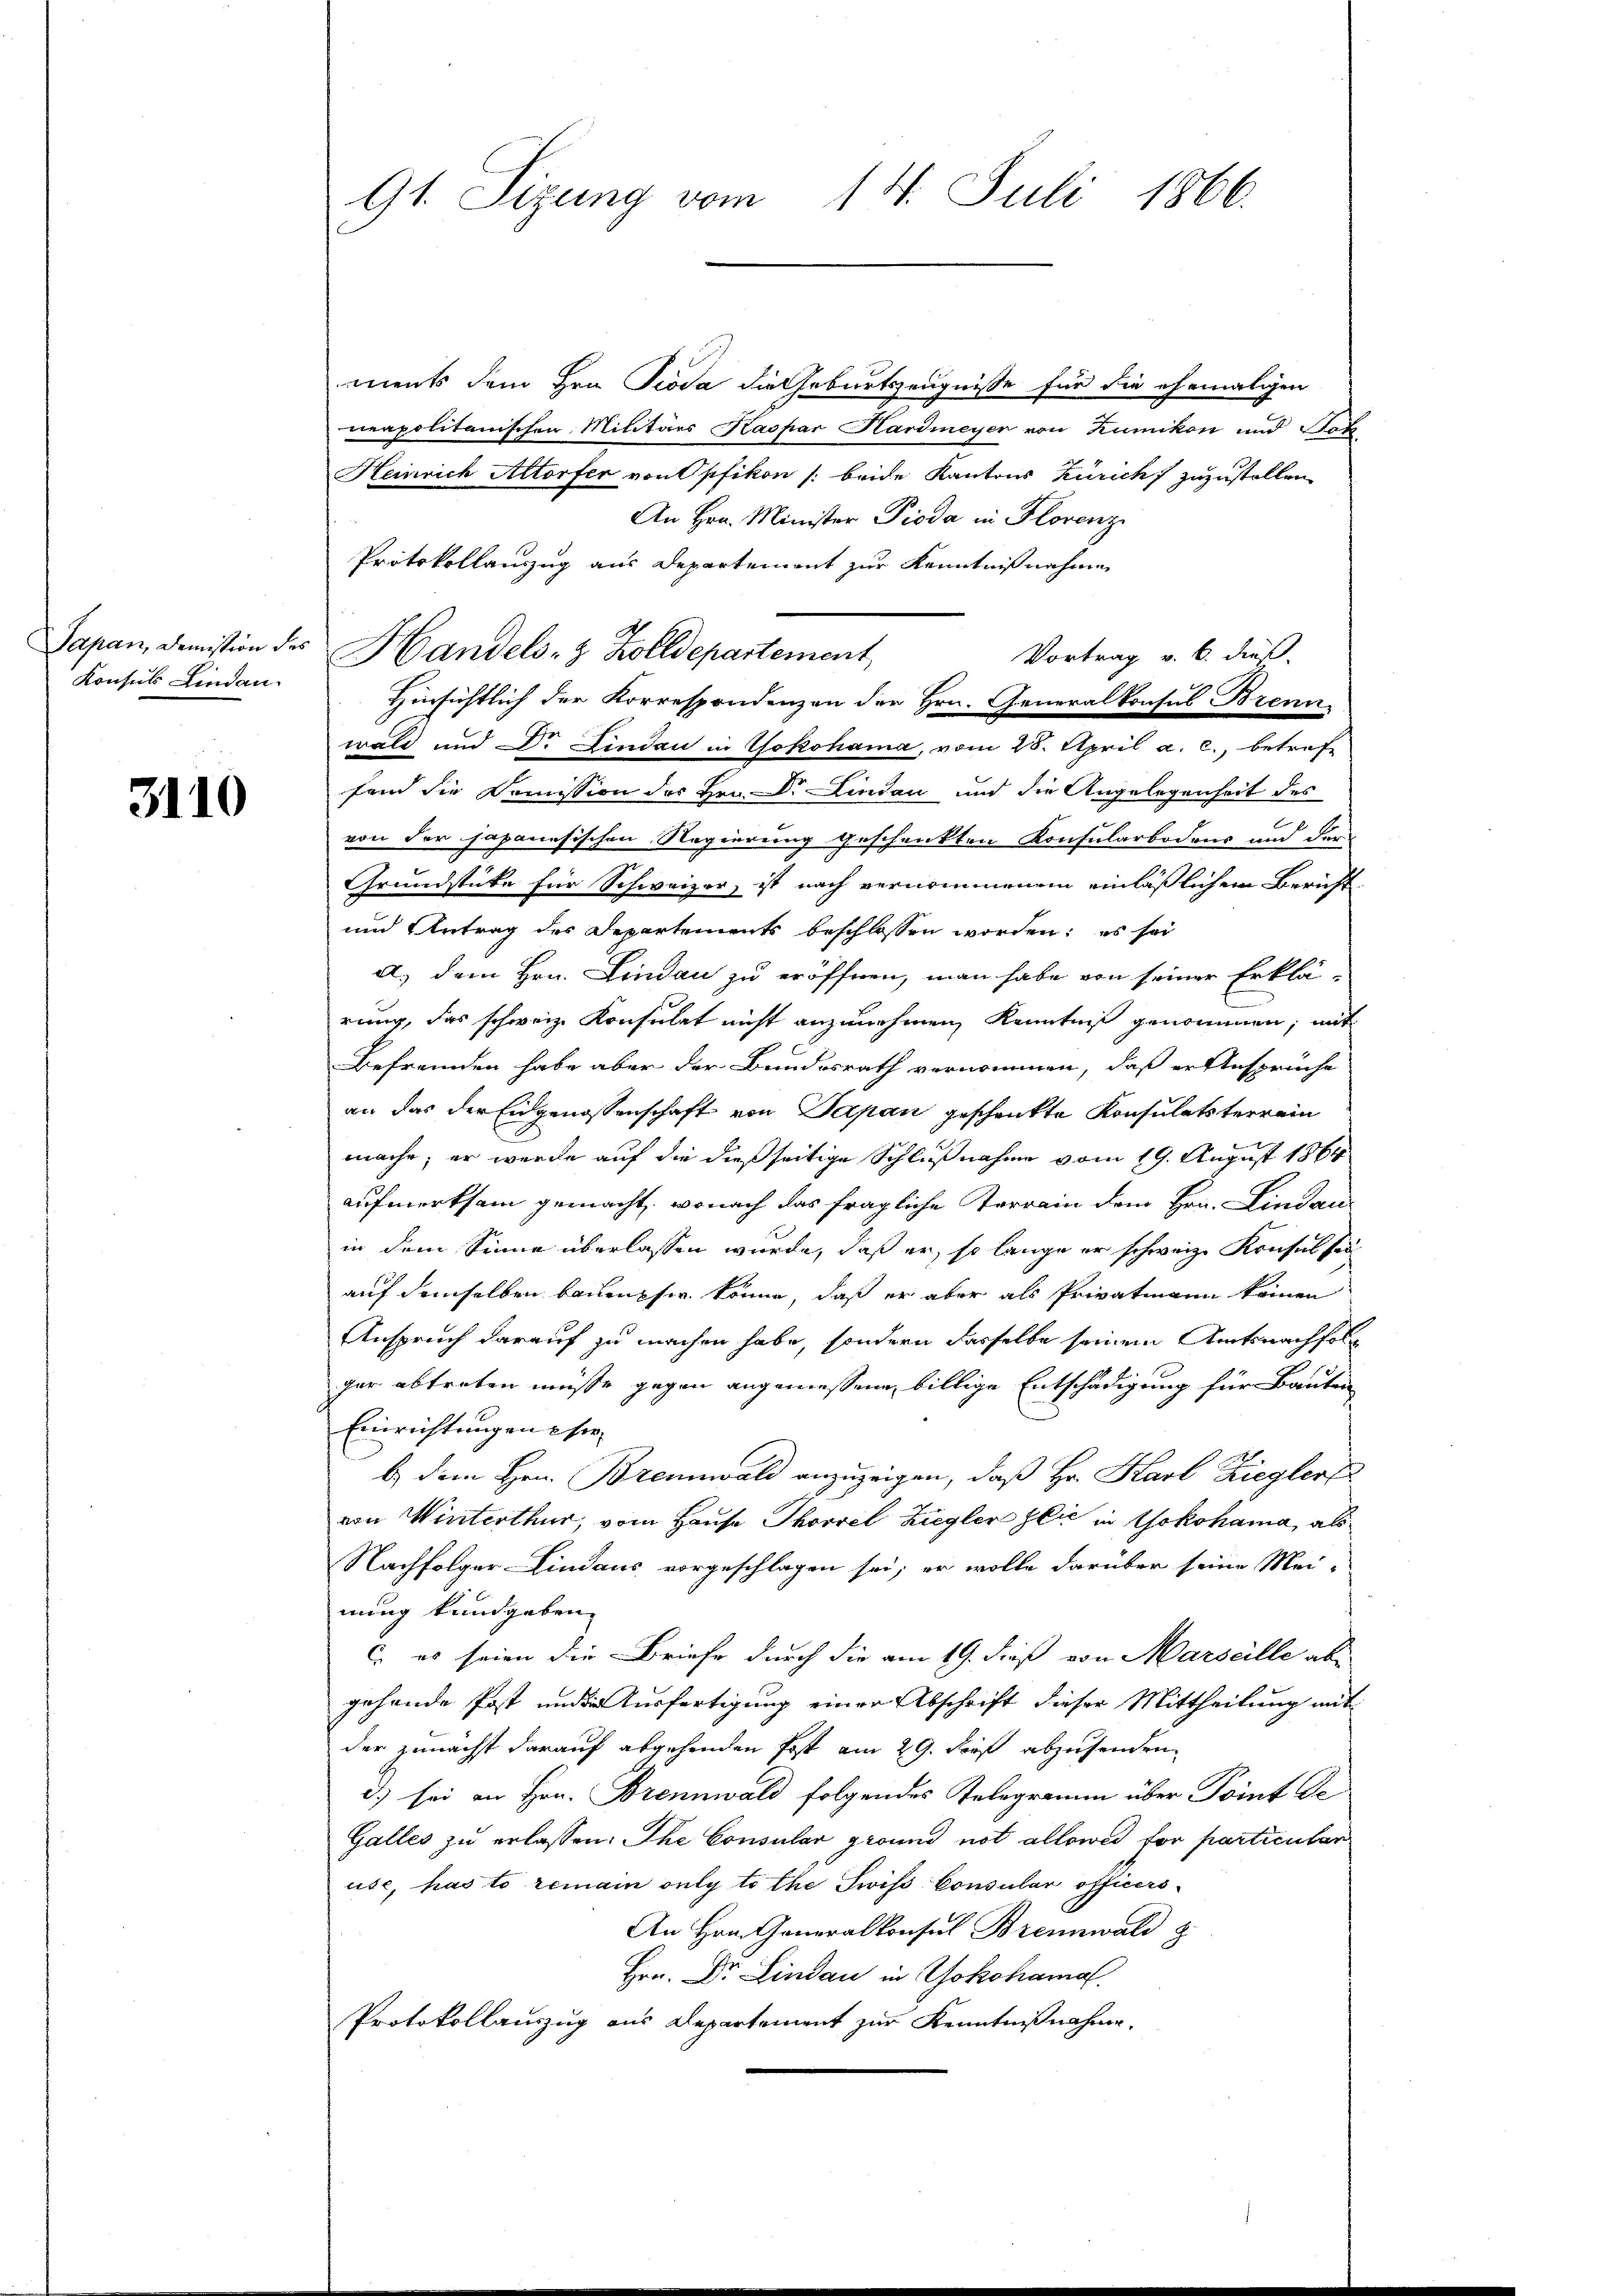
Konsul Lindau

3110

91. Sizung vom 14. Juli 1866.

ments dem Hrn. Pioda die Geburtszeugnisse für die ehemaligen
neapolitanischen Militärs Kaspar Hardmeyer von Zumikon und Seh
Heinrich Altorfer von Opfikon /: beide Kantons Zürich zuzustellen.
An Hrn. Minister Pioda in Florenz
Protokollauszug aus Departement zur Kenntnißnahme
Japan, demistion der Handels- & Zolldepartement,
Vortrag v. 6. dieß.
Hinsichtlich der Korrespondenzen der Hrn. Generalkonsul Brenn
wald und Dr Findau in Yokohama, vom 28. April a. c., betreffend die Commission des Hrn. Dr. Lindau und die Angelegenheit des
e
von der japanesischen Regierung geschenkten Konsularbodens und der
Grundstücke für Schweizer, ist nach vernommenem einläßlichem Bericht
und Antrag des Departements beschlossen worden; es sei
a.) dem Hrn. Lindau zu eröffnen, man habe von seiner Erklä-
rung, das schweiz. Konsulat nicht anzunehmen, Kenntniß genommen; mit
Befremden habe aber der Bundesrath vernommen, daß er Ansprüche
an das der Eidgenossenschaft von Papan geschenkte Konsulatsterrein
mache; er werde auf die dießseitige Schlußnahme vom 19. August 1864
aufmerksam gemacht, wonach das fragliche Terrain dem Hrn. Lindanin dem Sinne überlassen wurde, daß er, so lange er schweiz. Konses sei
auf denselben baumpfer könne, daß er aber als Privatmann keinen
Anspruch darauf zu machen habe, sondern dasselbe seinem Amtsnachfolg
ger abtreten müsse gegen angemessene billige Entschädigung für Bauten
Einrichtungen sie
b. dem Hrn. Brennwald anzuzeigen, daß Hr. Karl Zieglert
von Winterthur, vom Hause Thorvel Ziegler Zlić in Yokohama, als
Nachfolger Lindaus vorgeschlagen sei; er wolle darüber seine Mei-
nung kundgeben.
C. es seien die Briefe durch die am 19. dieß von Marseille ab
gehende Post und die Ausfertigung einer Abschrift dieser Mittheilung aufder zunächst darauf abgehenden Post am 29. Der abzusenden
d.) sei an Hrn. Brennwald folgendes Telegramm über Point de
Galles zu erlassen. Ihe Consular grund not allower for particular
use, has to remain ouly to the Swiss Consular officirs-
An Hrn. Generalkonsul Brennwald z
Hrn. Dr. Lindau in Yokohama
Protokollauszug aus Departement zur Kenntnißnahme.